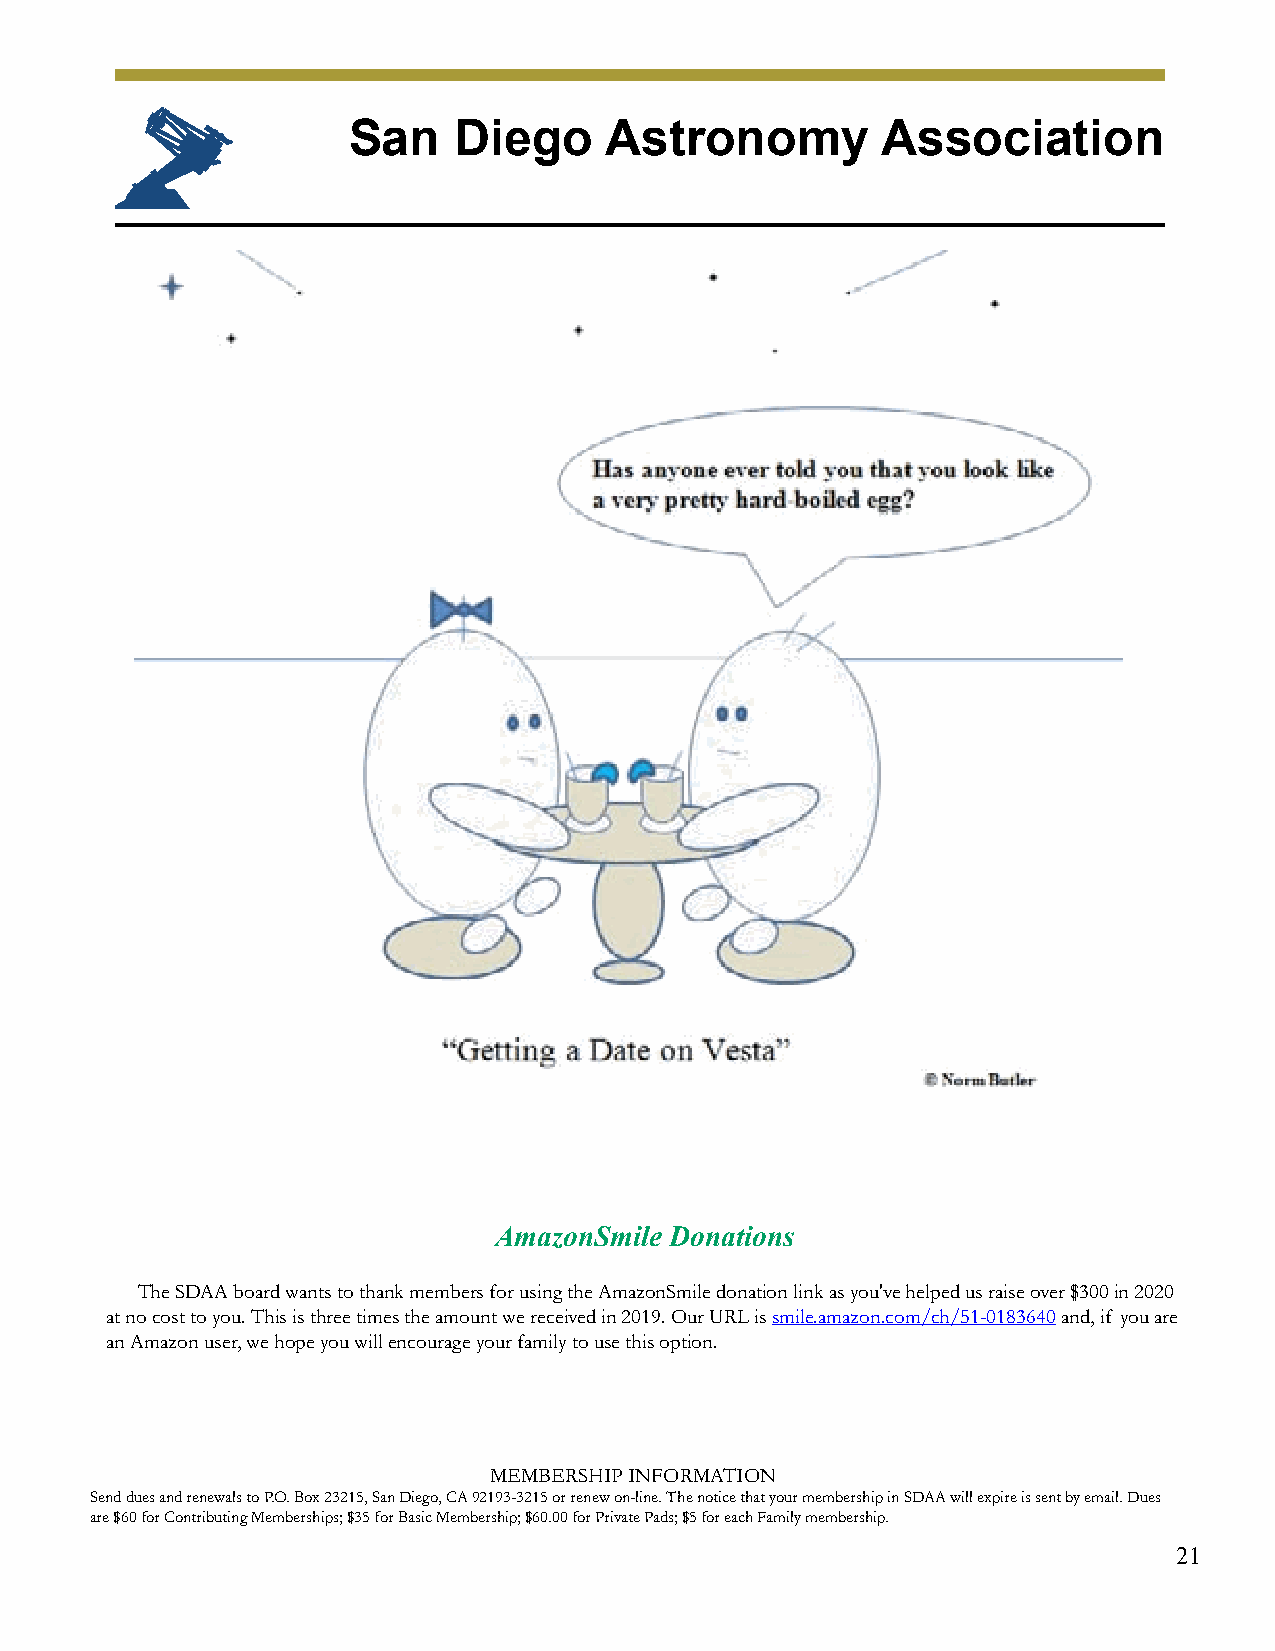
San    Diego     Astronomy         Association
 AmazonSmile Donations
 The SDAA board wants to thank members for using the AmazonSmile donation link as you've helped us raise over $300 in 2020
 at no cost to you. This is three times the amount we received in 2019. Our URL is smile.amazon.com/ch/51-0183640 and, if you are
 an Amazon user, we hope you will encourage your family to use this option.
 MEMBERSHIP INFORMATION
 Send dues and renewals to P.O. Box 23215, San Diego, CA 92193-3215 or renew on-line. The notice that your membership in SDAA will expire is sent by email. Dues
 are $60 for Contributing Memberships; $35 for Basic Membership; $60.00 for Private Pads; $5 for each Family membership.
 21